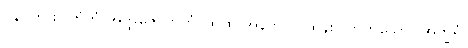
ပန၊ ကား။ တံတံ အတ္ထဇောတကံ၊ ထိုထို အနက်ကို ထွန်းပြတတ်သော။ အက္ခရံ၊